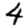
Digit: 4